Problem: 3 × 2 = ?
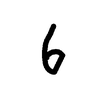
Handwritten answer: 6